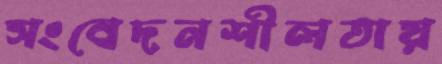
সংবেদনশীলতায়